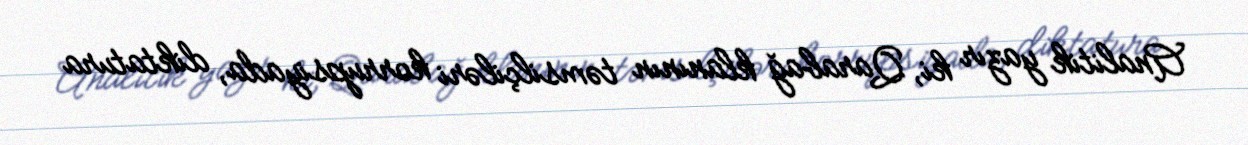
Analitik yazır ki, Qarabağ klanının təmsilçiləri korrupsiyada, diktatura